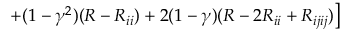
\left. + ( 1 - \gamma ^ { 2 } ) ( R - R _ { i i } ) + 2 ( 1 - \gamma ) ( R - 2 R _ { i i } + R _ { i j i j } ) \right] ~ ~ ~